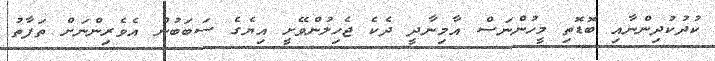
ކުދުކުދިންނާއި ބޮޑޮތި މީހުންނަސް އާމިނާދީ ދެކެ ޖެހިލުންވޭށީ އިޔެގެ ސަބަބުން އެވެރިންނަށް ތަފާތު